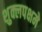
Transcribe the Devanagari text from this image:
शुक्लपक्षमे